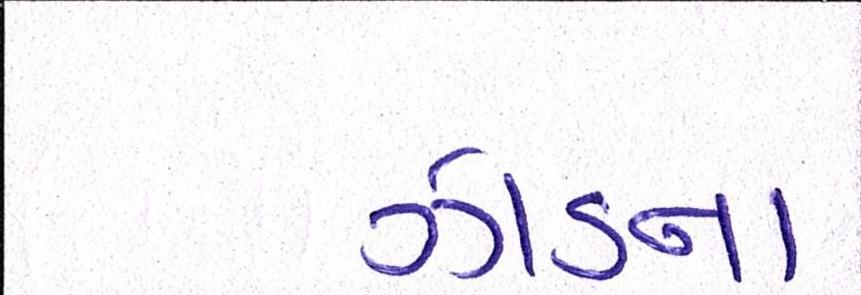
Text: ઝાડના